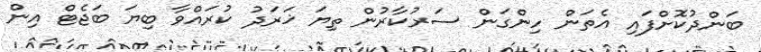
ބަންދުކޮށްފައި އެތަން ހިންގަން ސަރުކާރުން ތިޔަ ޚަރަދު ކުރައްވާ ބިޔަ ބަޖެޓް އިން